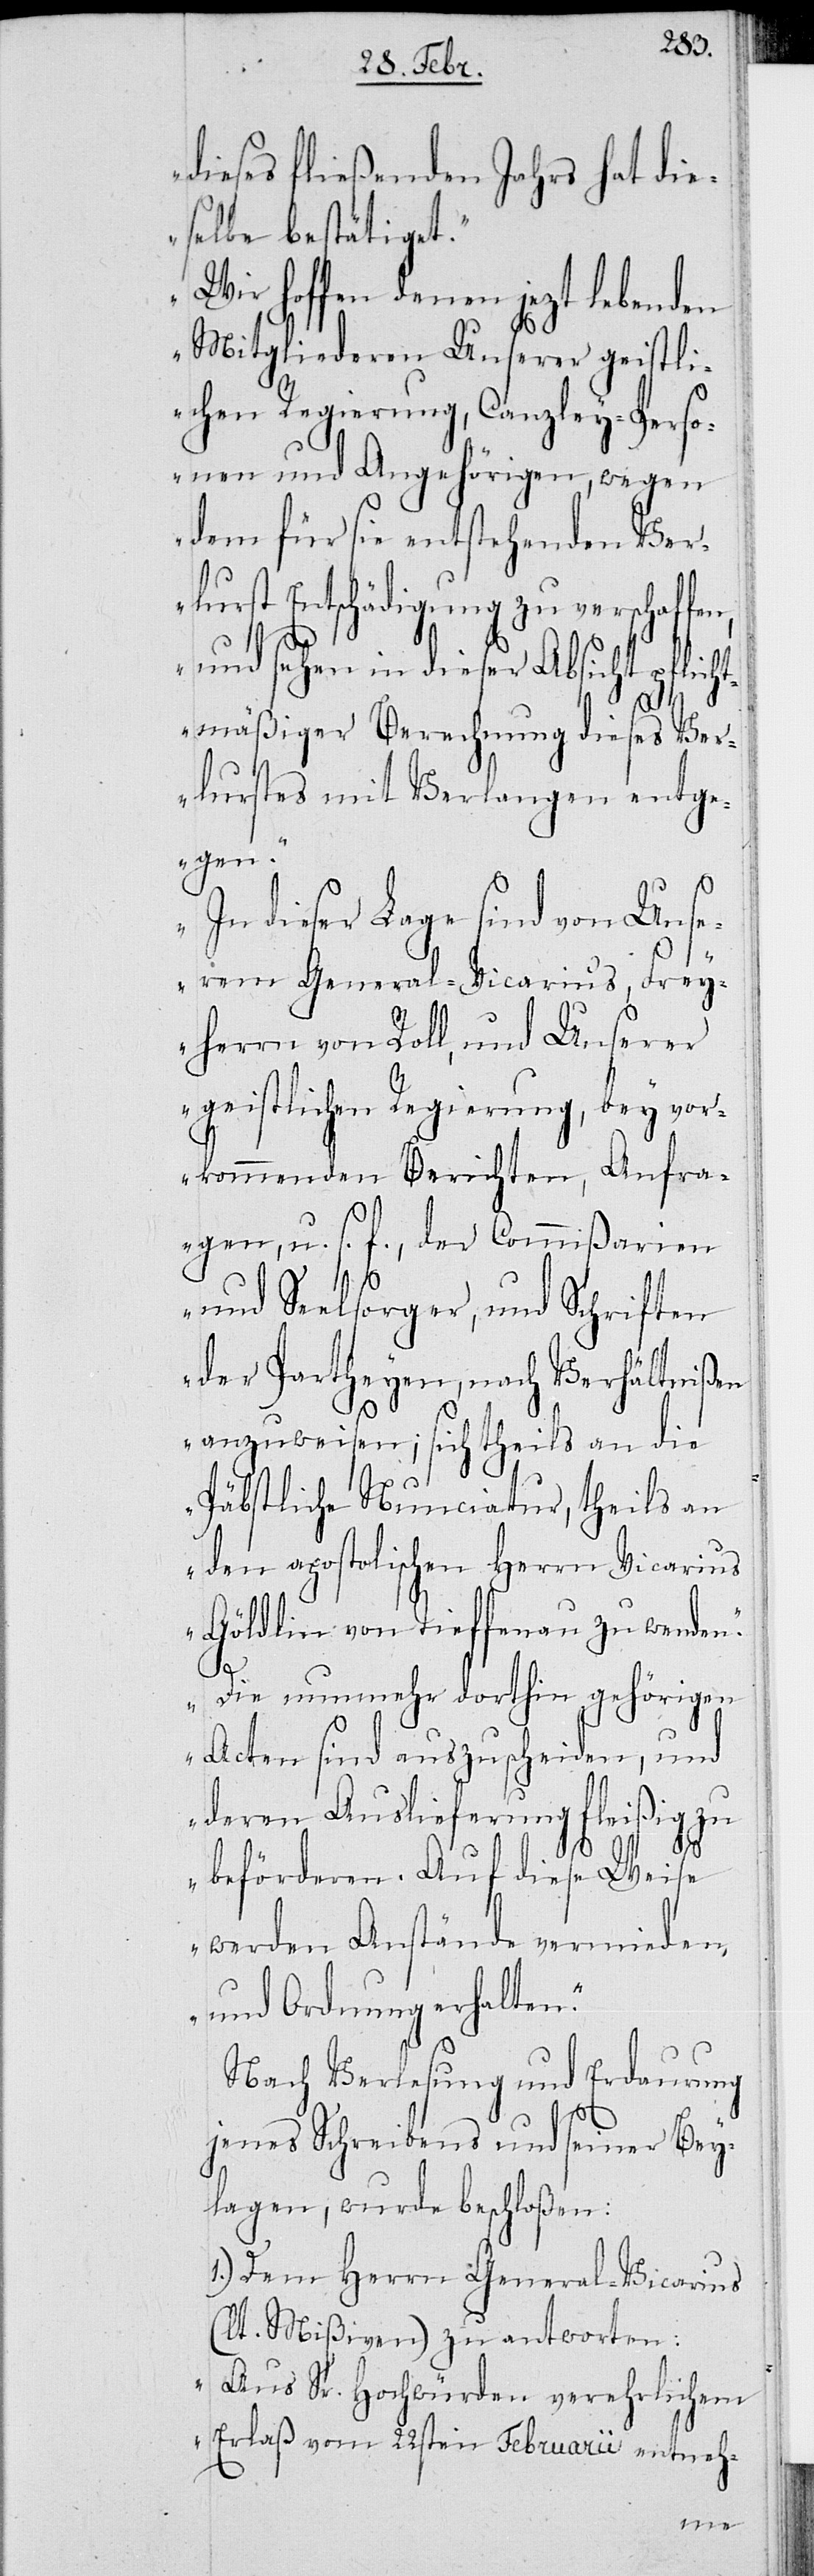
dieses fließenden Jahres hat die¬
selbe bestätiget.
Wir hoffen denen jezt lebenden
Mitgliederen Unserer geistli¬
chen Regierung, Canzley-Perso¬
nen und Angehörigen, wegen
dem für sie entstehenden Ver¬
lust Entschädigung zu verschaffe¬
und sehen in dieser Absicht pflicht¬
mäßiger Beruhigung dieses Ver¬
lustes mit Verlangen entge¬
gen.
In dieser Lage sind von Uns¬
erem General-Vicarius, Frey¬
herrn von Roll, und Unserer
geistlichen Regierung, bey vor¬
kommenden Berichten, Anfra¬
gen, u. s. f., der Commißarien
und Seelsorger, und Schriften
der Partheyen, nach Verhältnißen
anzuweisen; sich theils an die
Päbstliche Nunciatur, theils an
den apostolischen Herrn Vicarius
Göldlin von Tieffenau zu wenden.
n,
Die nunmehr dorthin gehörigen
Acten sind auszuscheiden, und
deren Auslieferung fleißig zu
beförderen. Auf diese Weise
werden Anstände vermieden,
und Ordnung erhalten.“
Nach Verlesung und Erdaurung
jenes Schreibens und seiner Bey¬
lagen, wurde beschloßen:
1.) Dem Herrn General-Vicarius
(lt. Mißiven) zu antworten:
„Aus Sr. Hochwürden verehrlichem
Erlaß vom 22sten Februarii entneh-